65_HS1-834228961_62-HQ-83894_Section_7
Agency: FBI
Page 34
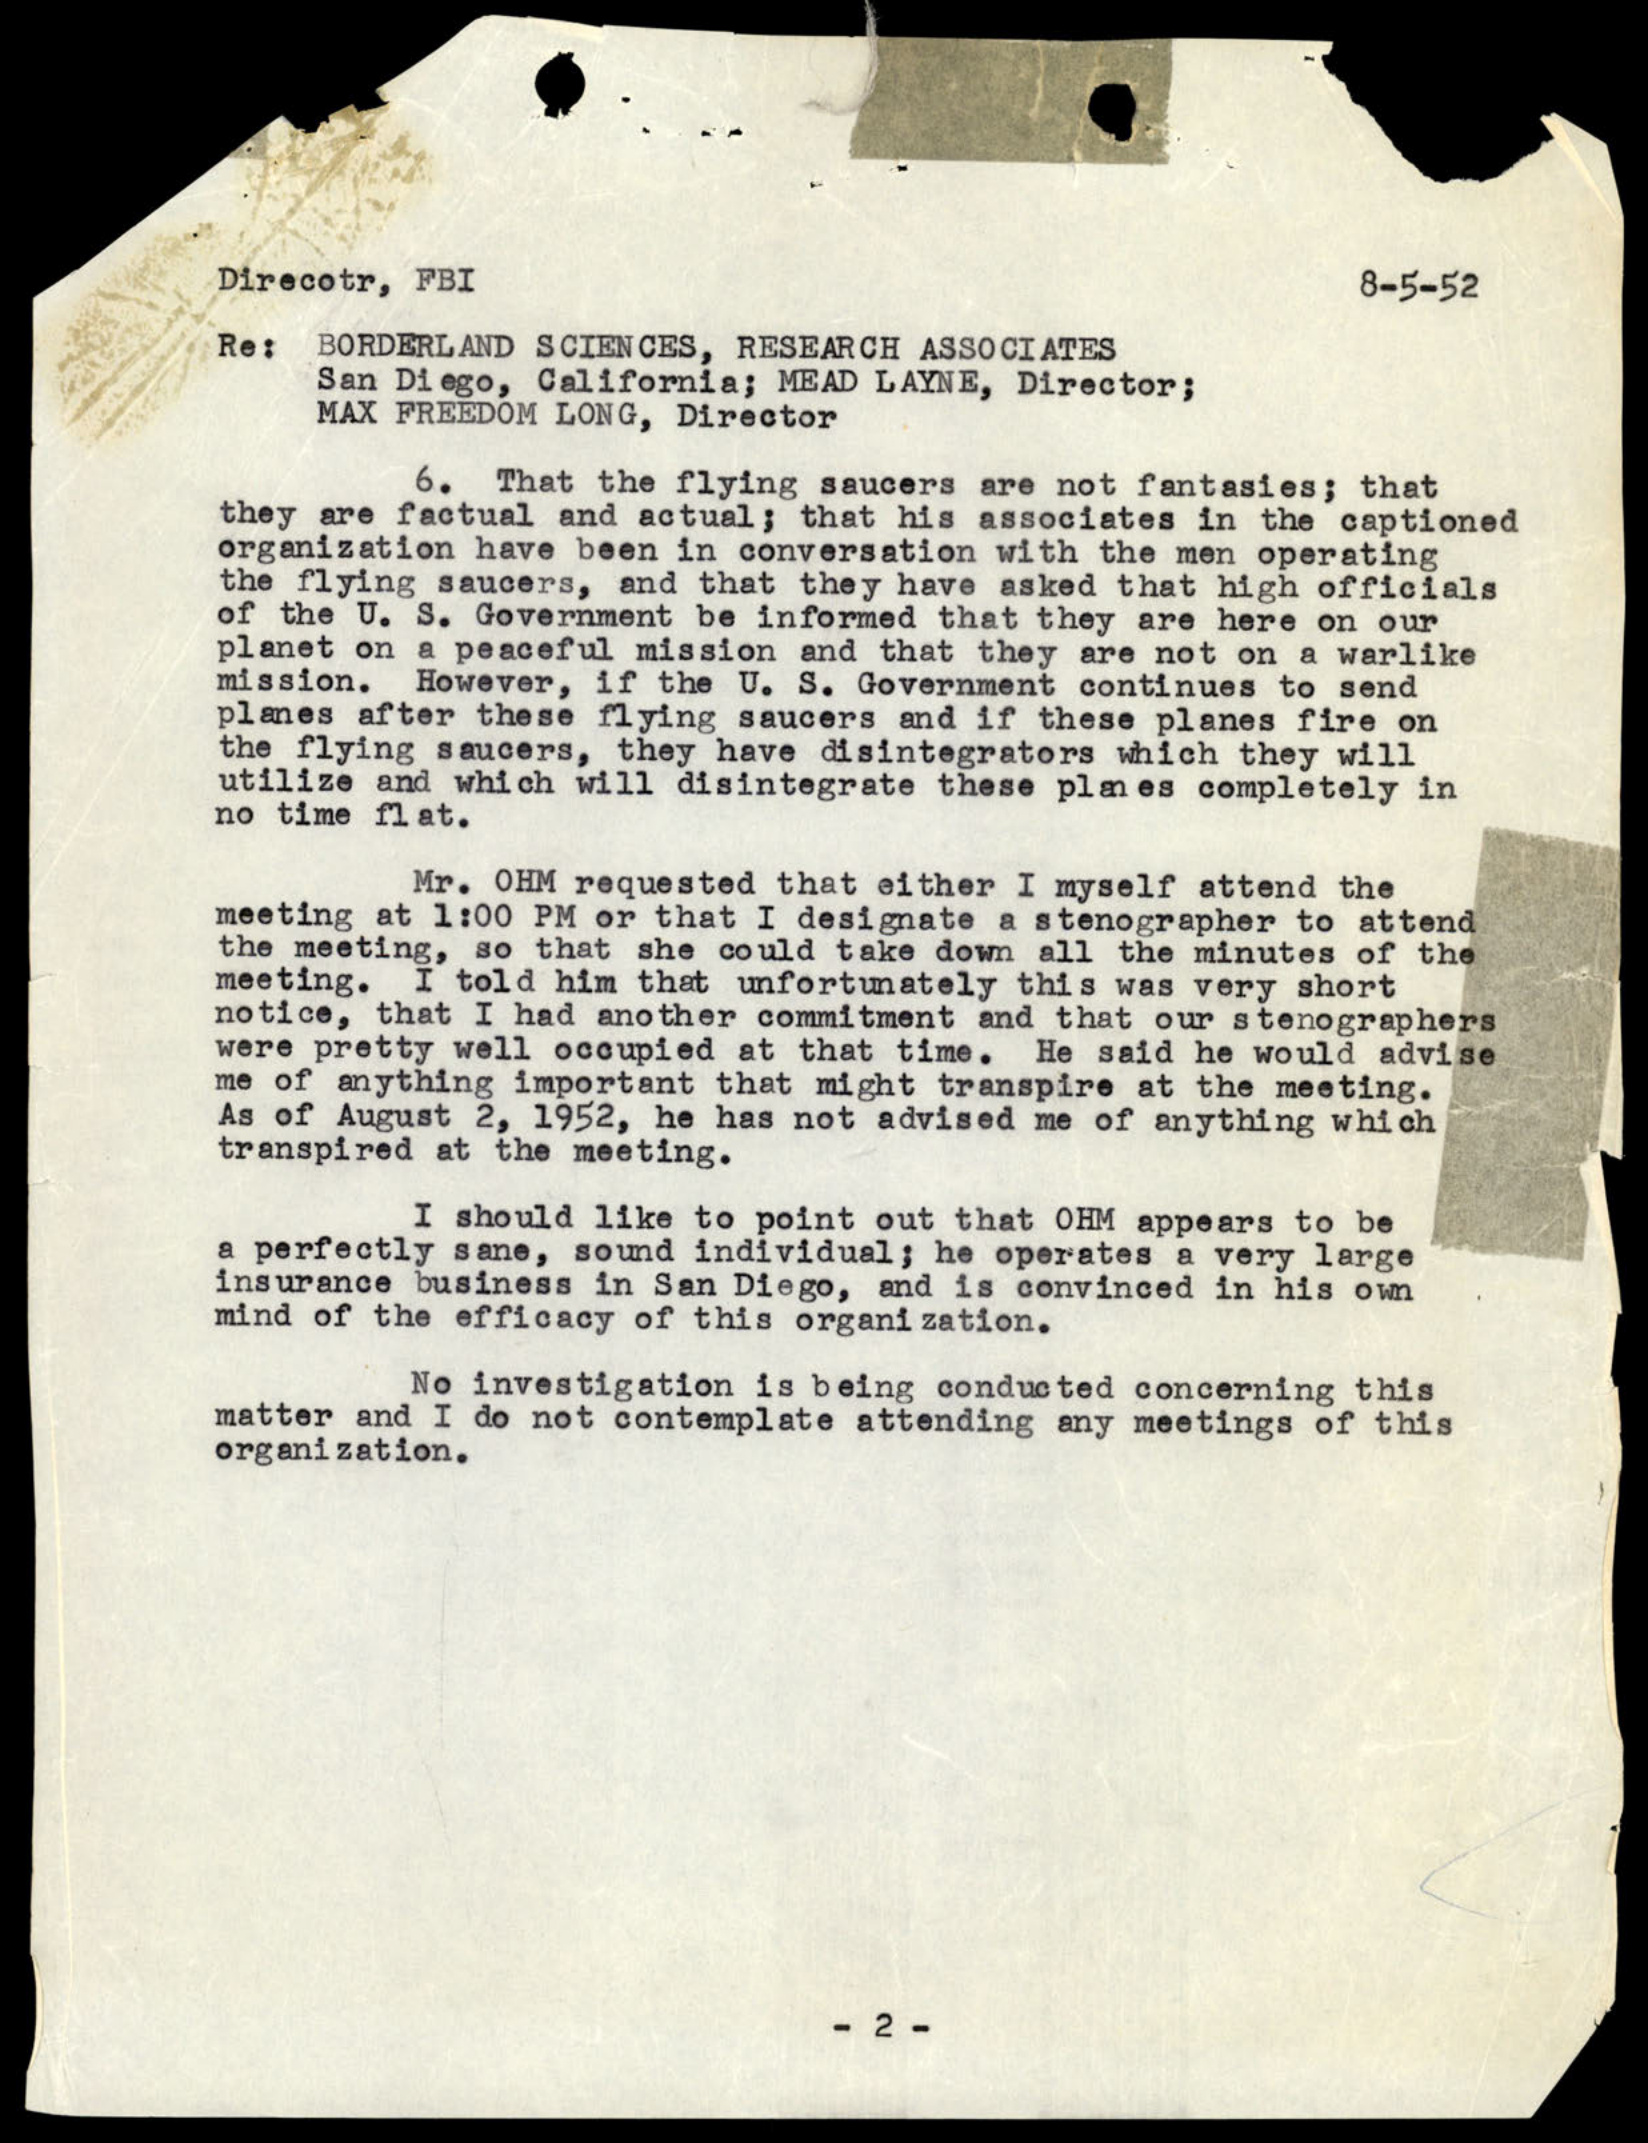